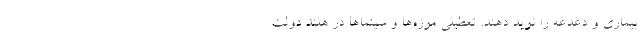
بیماری و دغدغه را نوید دهند. تعطیلی موزه‌ها و سینماها در هلند دولت